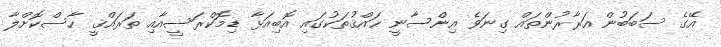
އޭގެ ސަބަބުން އަރާރުންތައް ގިނަވެ އިންސާނީ ޙައްޤުތަކުގައި އޮބިއަޅާ ޑިމޮކްރަސީއާއި ތަރައްޤީ ހާސްކޮށްލާ